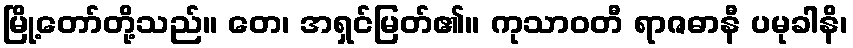
မြို့တော်တို့သည်။ တေ၊ အရှင်မြတ်၏။ ကုသာဝတီ ရာဇဓာနီ ပမုခါနိ၊